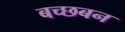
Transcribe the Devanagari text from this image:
बच्छबन